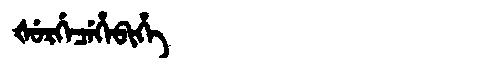
Manchu: ᡧᡠᡵᡤᡝᠴᡝᡥᡝᠪᡳᡥᡝ
Romanization: ŠURGECEHEBIHE